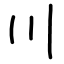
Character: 川